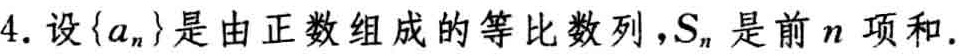
4. 设\(\{a_{n}\}\)是由正数组成的等比数列，\(S_{n}\)是前\(n\)项和.